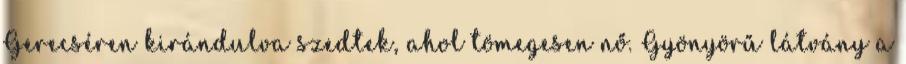
Gerecséren kirándulva szedtek, ahol tömegesen nő. Gyönyörű látvány a